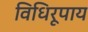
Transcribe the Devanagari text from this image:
विधिरूपाय